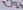
Text: U5+